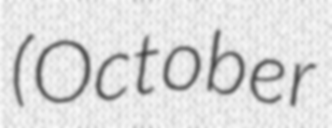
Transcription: (October